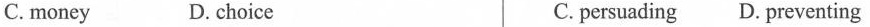
C. money D. choice C. persuading D. preventing